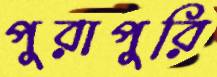
পুরাপুরি